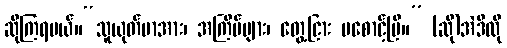
ဆိုကြရမယ်။“သူယုတ်မာအား၊ အကြိမ်များ၊ တွေ့ငြား မစောင့်ပြီ။” (ဆို)အဲဒီလို